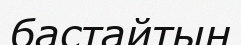
бастайтын